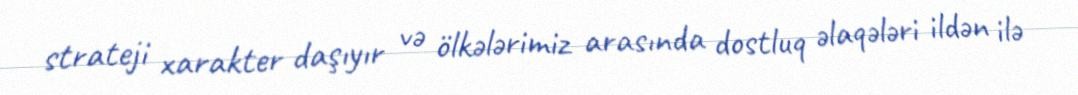
strateji xarakter daşıyır və ölkələrimiz arasında dostluq əlaqələri ildən ilə